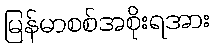
မြန်မာစစ်အစိုးရအား